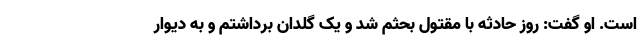
است. او گفت: روز حادثه با مقتول بحثم شد و یک گلدان برداشتم و به دیوار